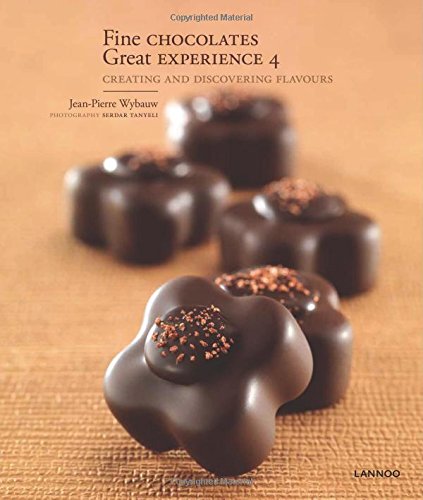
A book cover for Fine Chocolates 4: Creating and Discovering Flavours; Jean-Pierre Wybauw; Cookbooks, Food & Wine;